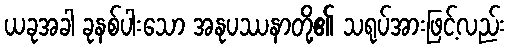
ယခုအခါ ခုနစ်ပါးသော အနုပဿနာတို့၏ သရုပ်အားဖြင့်လည်း